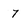
Character: 7